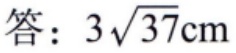
答：\(3\sqrt{37}\mathrm{cm}\)